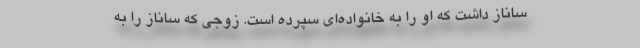
ساناز داشت که او را به خانواده‌ای سپرده است. زوجی که ساناز را به